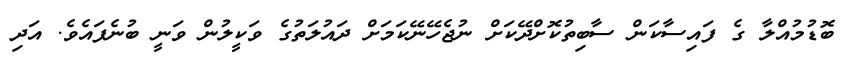
ބޮޑުމުއްލާ ގެ ފައިސާކަން ސާބިތުކޮށްދޭކަށް ނުޖެހޭނޭކަމަށް ދައުލަތުގެ ވަކީލުން ވަނީ ބުނެފައެވެ. އަދި